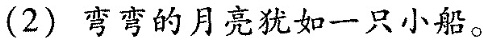
(2) 弯弯的月亮犹如一只小船。